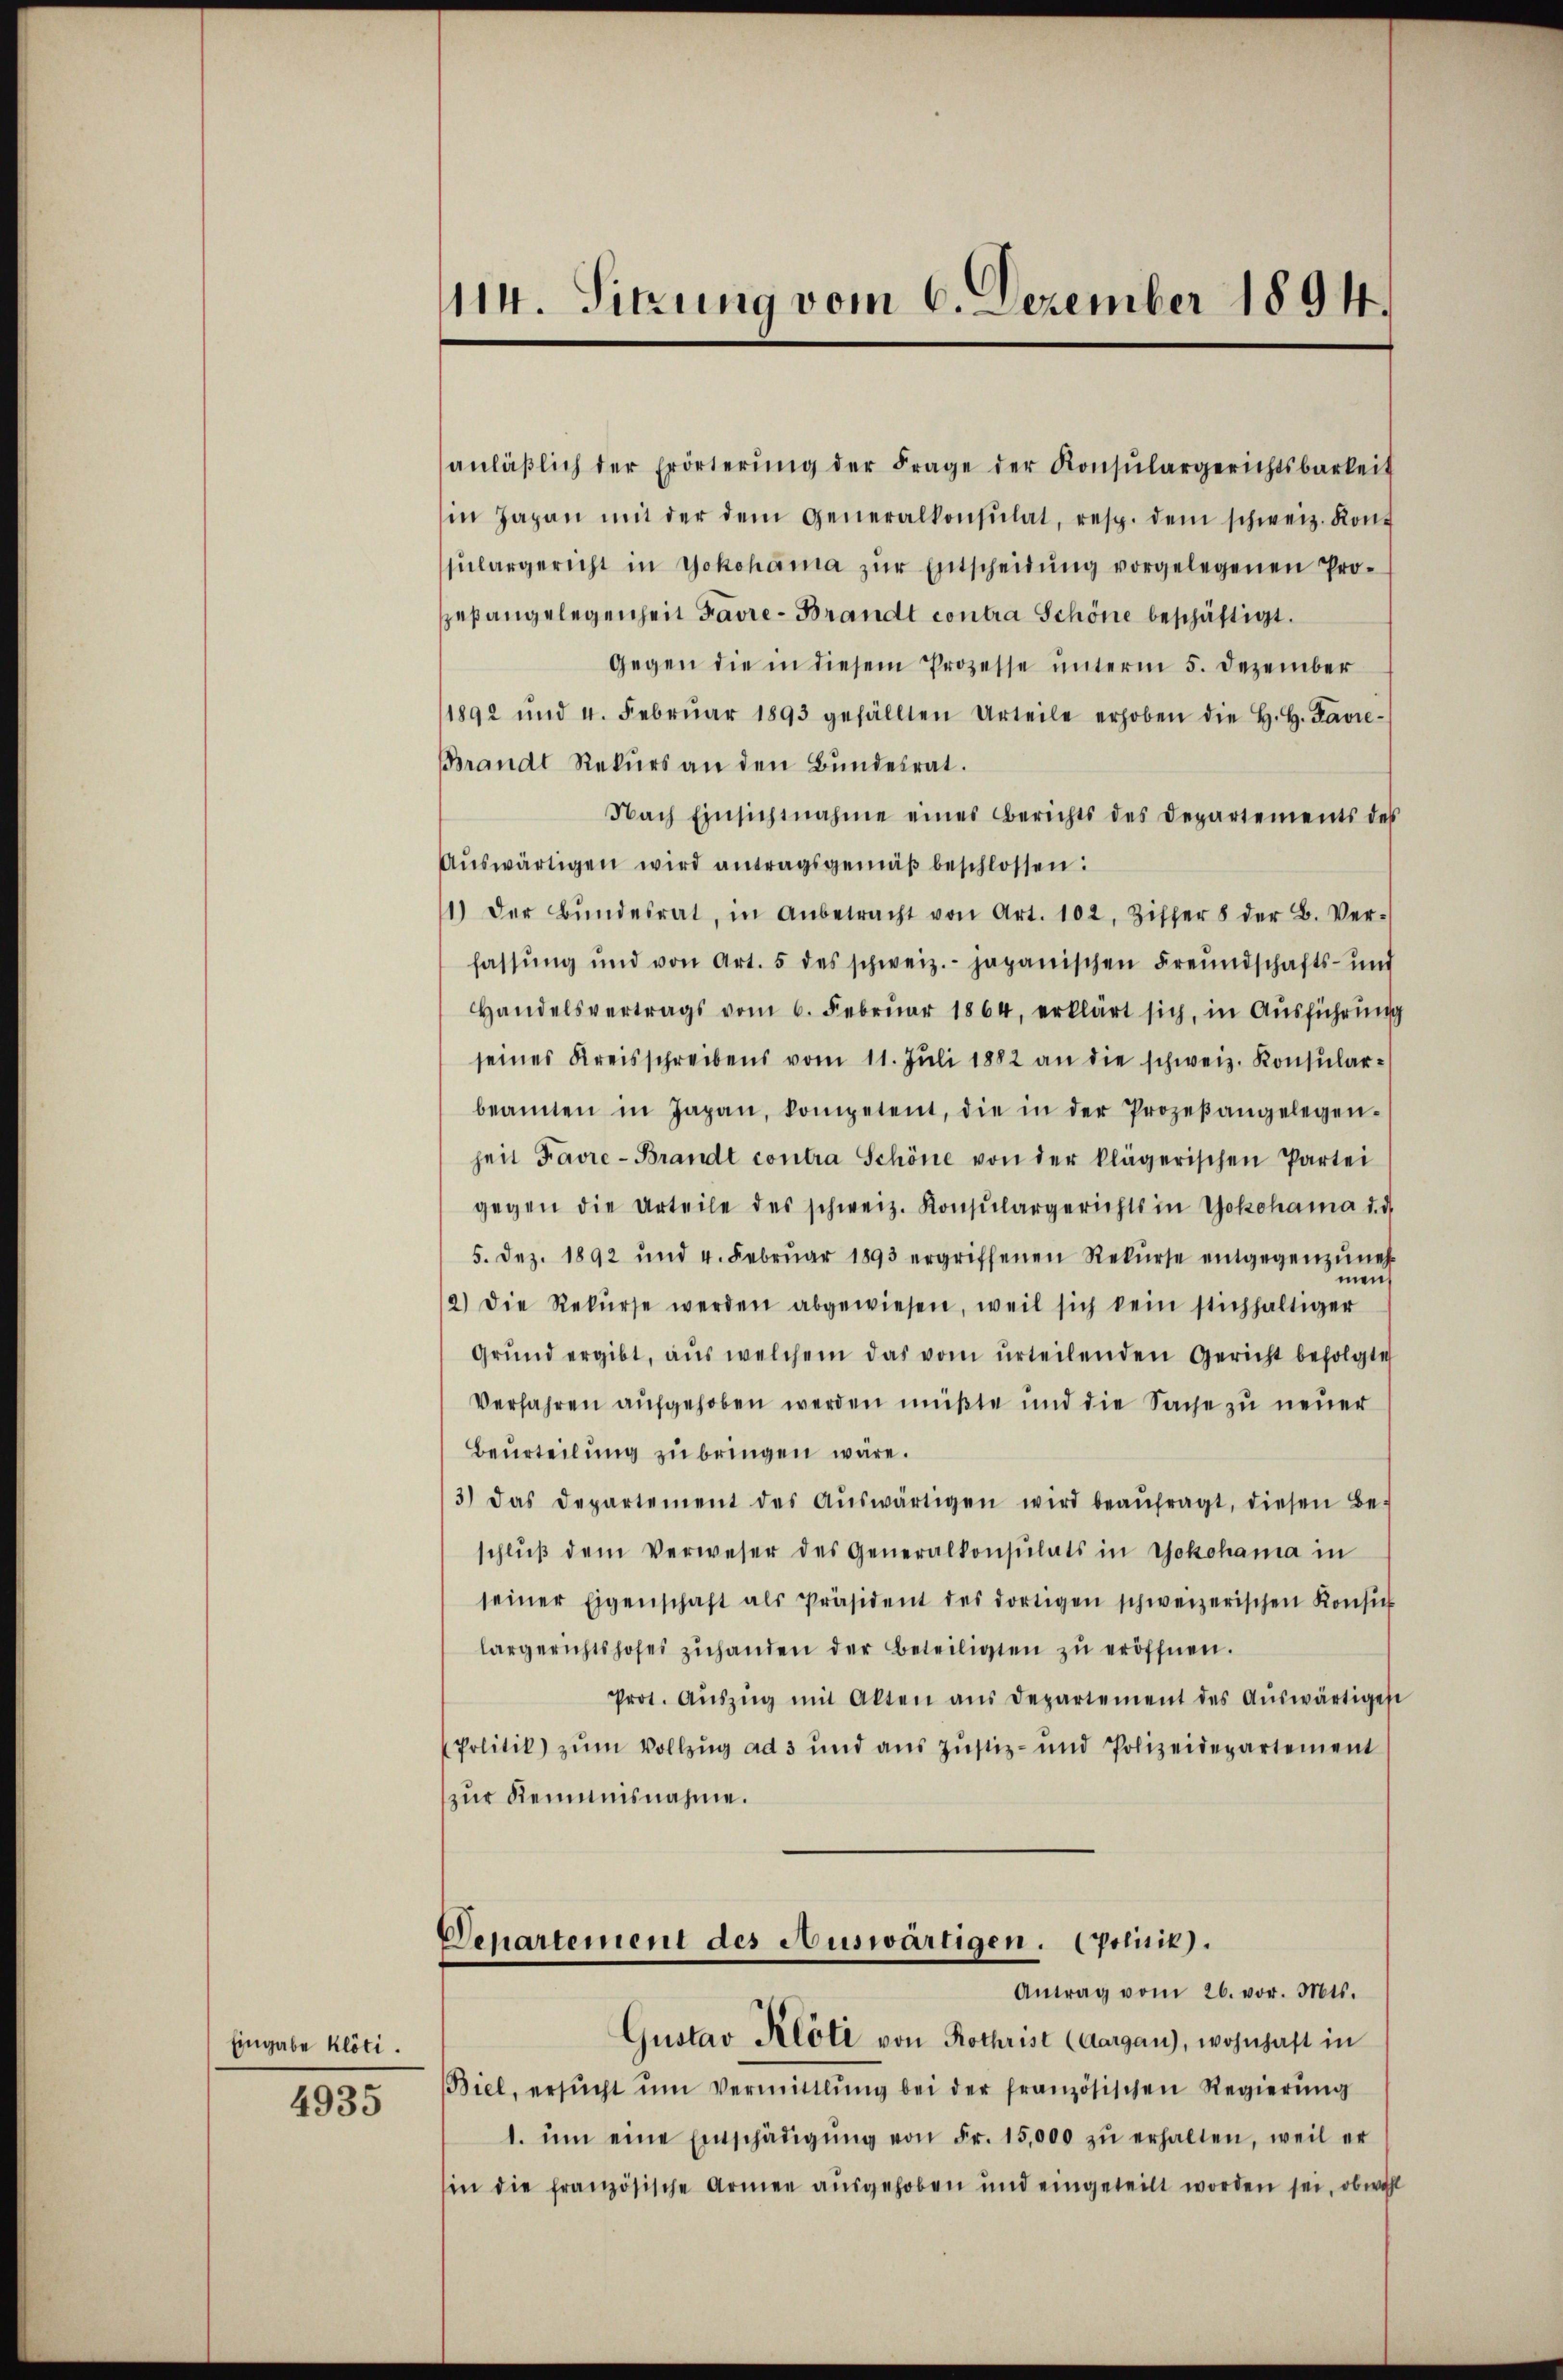
Eingabe klöti.

4935

114. Sitzung vom 6. Dezember 1894.

anläβlich der Erörterŭng der Frage der Konsŭlargerichtsbarkeit
in Japan mit der dem Generalkonsulat, resp. dem schweiz. Konf
sŭlargericht in Yokohama zŭr Entscheidŭng vorgelegenen Pro-
pefangelegenheit Favre-Brandt contra Schöne beschäftigt.
Gegen die in diesem Prozesse unterm 5. Dezember
1892 und 4. Febrŭar 1893 gefällten Urteile erhoben die H. H. Favie-
Brandt Rekurs an den Bundesrat.
Nach Einsichtnahme eines Berichts des Departements des
Aŭswärtigen wird antragsgemäβ beschlossen:
1.) Der Bŭndesrat, in Anbetracht von Art. 102, Ziffer 8 der B. Ver-
fassŭng und von Art. 5 des schweiz.- japanischen Freundschafts- und
Handelsvertrags vom 6. Februar 1864, erklärt sich, in Ausführung
seines Kreisschreibens vom 11. Jŭli 1882 an die schweiz. Konsŭlarbeamten in Japan, kompetent, die in der Prozeβangelegen-
heit Favre-Brandt contra Schöne von der klägerischen Partei
gegen die Urteile des schweiz. Konsŭlargerichts in Yokohama d. d.
5. Dez. 1892 und 4. Febrŭar 1893 ergriffenen Rekŭrse entgegenzuneh
men
2.) Die Rekŭrse werden abgewiesen, weil sich kein stichhaltiger
Grŭnd ergibt, aŭs welchem das vom urteilenden Gericht befolgte
Verfahren aufgehoben werden müßte und die Sache zu neuer
Beurteilung zu bringen wäre.
3) das Departement des Aŭswärtigen wird beaŭfragt, diesen Be-
schlŭβ dem Verweser des Generalkonsulats in Yokohama in
seiner Eigenschaft als Präsident des dortigen schweizerischen Konsŭch
largerichtshofes zuhanden der Beteiligten zu eröffnen.
Prot. Aŭszŭg mit Alten ans Departement des Aŭswärtiges
Politik) zŭm Vollzŭg ad 3 und aŭs Jŭstiz- und Polizeidepartement
zur Reimnisnahme.
Denartement des Auswärtigen. Opolitik).
Antrag vom 26. vor. Mts.
Gustav Klöti von Rothrist (Aargau), wohnhaft in
Biel, ersŭcht ŭm Vermittlung bei der französischen Regierung
1. ŭm eine Einschädigŭng von Fr. 15,000 zŭ erhalten, weil er
in die französische Armen ausgehoben und eingeteilt worden sei, obwohl